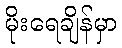
မိုးရေချိန်မှာ